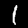
Label: 1